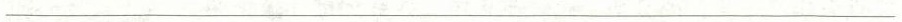
_____________________________